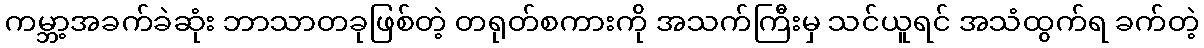
ကမ္ဘာ့အခက်ခဲဆုံး ဘာသာတခုဖြစ်တဲ့ တရုတ်စကားကို အသက်ကြီးမှ သင်ယူရင် အသံထွက်ရ ခက်တဲ့